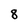
Character: 8